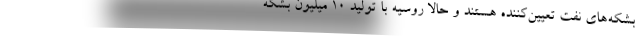
بشكه‌های نفت تعیین‌كننده هستند و حالا روسیه با تولید 10 میلیون بشكه